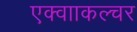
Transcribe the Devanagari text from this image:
एक्वााकल्चर